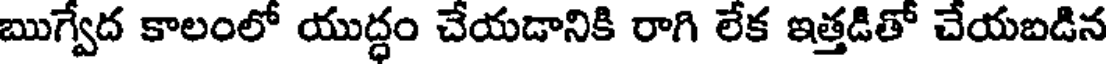
ఋగ్వేద కాలంలో యుద్ధం చేయడానికి రాగి లేక ఇత్తడితో చేయబడిన